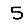
Digit: 5